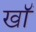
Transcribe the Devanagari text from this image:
खॉं